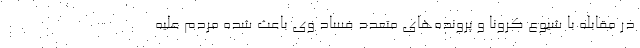
در مقابله با شیوع کرونا و پرونده‌های متعدد فساد وی باعث شده مردم علیه